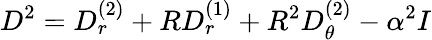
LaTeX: D^{2}=D_{r}^{(2)}+RD_{r}^{(1)}+R^{2}D_{\theta}^{(2)}-\alpha^{2}I